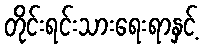
တိုင်းရင်းသားရေးရာနှင့်